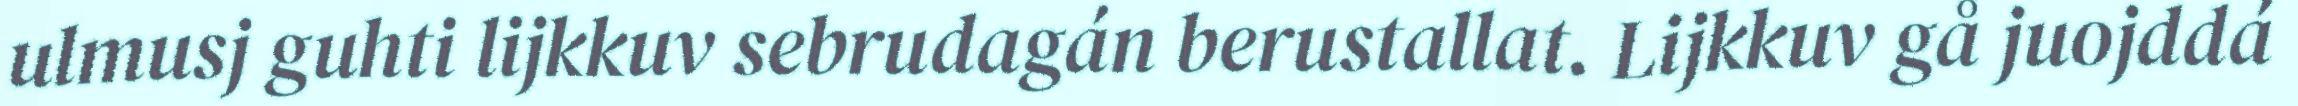
ulmusj guhti lijkkuv sebrudagán berustallat. Lijkkuv gå juojddá